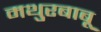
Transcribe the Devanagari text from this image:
मथुरबाबू